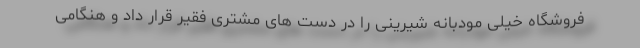
فروشگاه خیلی مودبانه شیرینی را در دست های مشتری فقیر قرار داد و هنگامی